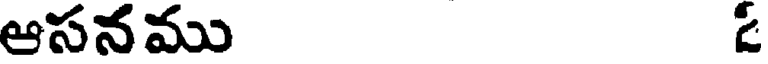
ఆసనము ఓ